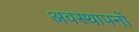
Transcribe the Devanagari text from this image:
अवस्थापनों